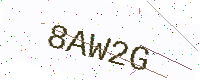
Text: 8AW2G